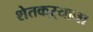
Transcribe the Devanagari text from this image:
शेतकऱ्याना